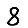
Digit: 8